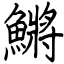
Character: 鱂